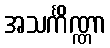
အသင်္ကိဏ္ဏာ